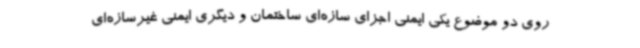
روی دو موضوع یکی ایمنی اجزای سازه‌ای ساختمان و دیگری ایمنی غیرسازه‌ای